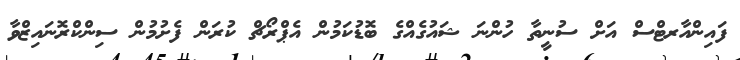
ފައިންއާރޓްސް އަށް ސުނީތާ ހުންނަ ޝައުގެއްގެ ބޮޑުކަމުން އެޕްރޯޗް ކުރަން ފެށުމުން ސިންކްރޮނައިޒްވާ